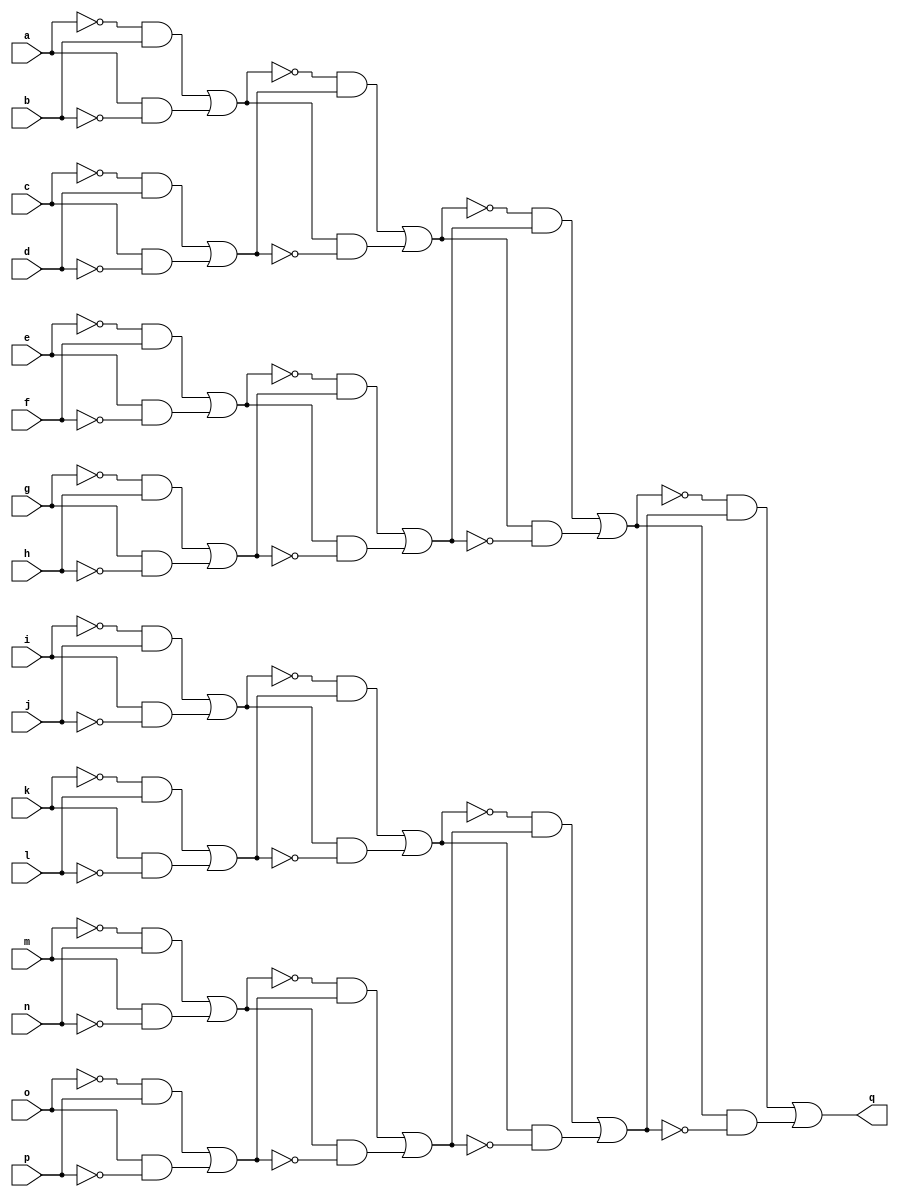
// IWLS benchmark module "PARITYFDS" printed on Wed May 29 16:09:22 2002
module PARITYFDS(a, b, c, d, e, f, g, h, i, j, k, l, m, n, o, p, q);
input
  a,
  b,
  c,
  d,
  e,
  f,
  g,
  h,
  i,
  j,
  k,
  l,
  m,
  n,
  o,
  p;
output
  q;
wire
  c0,
  d0,
  e0,
  f0,
  \[0] ,
  s,
  t,
  u,
  v,
  w,
  \x ,
  y,
  z,
  a0,
  b0;
assign
  c0 = (~\x  & w) | (\x  & ~w),
  d0 = (~z & y) | (z & ~y),
  e0 = (~b0 & a0) | (b0 & ~a0),
  f0 = (~d0 & c0) | (d0 & ~c0),
  \[0]  = (~f0 & e0) | (f0 & ~e0),
  q = \[0] ,
  s = (~o & p) | (o & ~p),
  t = (~m & n) | (m & ~n),
  u = (~k & l) | (k & ~l),
  v = (~i & j) | (i & ~j),
  w = (~g & h) | (g & ~h),
  \x  = (~e & f) | (e & ~f),
  y = (~c & d) | (c & ~d),
  z = (~a & b) | (a & ~b),
  a0 = (~t & s) | (t & ~s),
  b0 = (~v & u) | (v & ~u);
endmodule